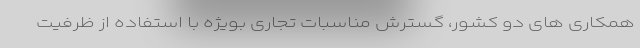
همکاری های دو کشور، گسترش مناسبات تجاری بویژه با استفاده از ظرفیت